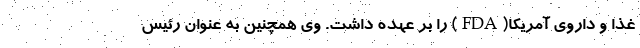
غذا و داروی آمریکا(FDA) را بر عهده داشت. وی همچنین به عنوان رئیس